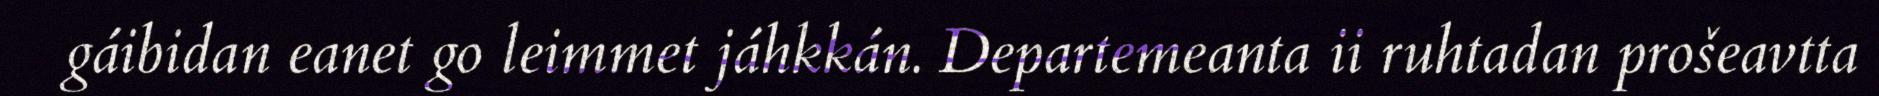
gáibidan eanet go leimmet jáhkkán. Departemeanta ii ruhtadan prošeavtta